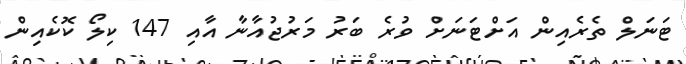
ޓަނަލް ތެރެއިން އަށްޓަނަށް ވުރެ ބަރު މަރުޖުއާނާ އާއި 147 ކިލޯ ކޮކެއިން